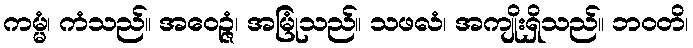
ကမ္မံ၊ ကံသည်။ အဝေဉ္ဇံ၊ အမြုံသည်။ သဖလံ၊ အကျိုးရှိသည်။ ဘဝတိ၊